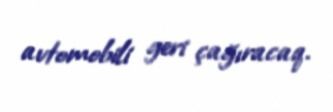
avtomobili geri çağıracaq.